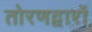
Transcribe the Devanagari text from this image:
तोरणद्वारों